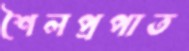
শৈলপ্রপাত